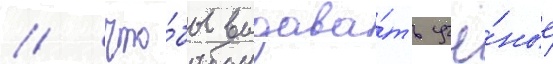
/ что́бы выдава́ть учё́ные